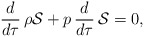
\begin{align*}\frac{d}{d\tau}\, \rho {\cal S} +p \,\frac{d}{d\tau}\, {\cal S} = 0,\end{align*}